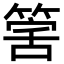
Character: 𥯾